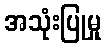
အသုံးပြုမှု